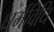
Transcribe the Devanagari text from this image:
धर्मविधि